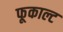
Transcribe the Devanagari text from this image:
फूकाल्ट